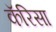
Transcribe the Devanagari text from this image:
कॅरिसा